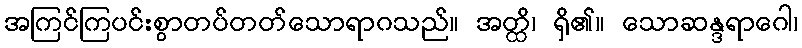
အကြင်ကြပင်းစွာတပ်တတ်သောရာဂသည်။ အတ္ထိ၊ ရှိ၏။ သောဆန္ဒရာဂေါ၊